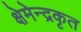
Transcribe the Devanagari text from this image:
क्षेमेन्द्रकृत